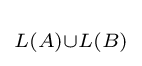
\scriptstyle L(A)\cup L(B)